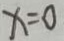
x = 0